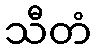
သီတံ